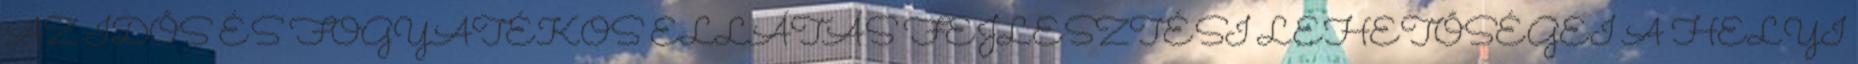
AZ IDŐS ÉS FOGYATÉKOS ELLÁTÁS FEJLESZTÉSI LEHETŐSÉGEI A HELYI